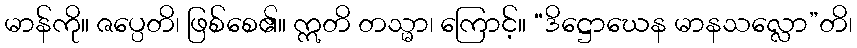
မာန်ကို။ ဇပ္ပေတိ၊ ဖြစ်စေ၏။ ဣတိ တသ္မာ၊ ကြောင့်။ “ဒိဋ္ဌောဃေန မာနသလ္လော”တိ၊